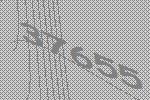
37655